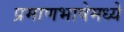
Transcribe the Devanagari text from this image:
प्रमाणभाषेमध्ये